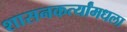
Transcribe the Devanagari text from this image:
शासनकर्त्यांमधला